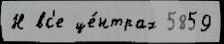
Н вс'е це́нтрах 5859